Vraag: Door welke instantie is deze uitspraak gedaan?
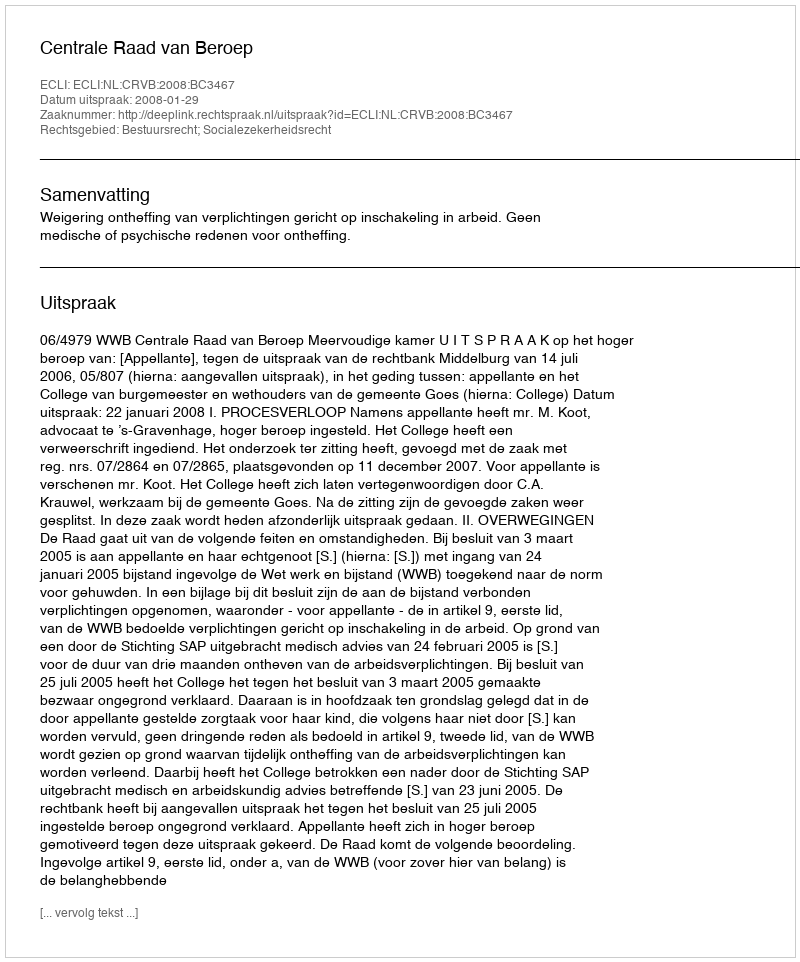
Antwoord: Centrale Raad van Beroep